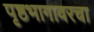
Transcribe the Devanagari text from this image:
पृष्ठभागावरचा